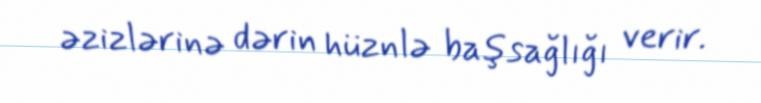
əzizlərinə dərin hüznlə başsağlığı verir.